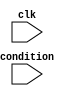
module Loop_with_skip (
    input clk,
    input condition,
    // Other input and output declarations
);

reg [31:0] iteration_counter;

always @(posedge clk) begin
    if (condition) begin
        // Loop body
        // Perform necessary operations

        iteration_counter <= iteration_counter + 1;
    end
    else begin
        // Skip statements
        // Skip certain iterations based on specified conditions

        iteration_counter <= iteration_counter + 1;
    end
end

endmodule